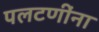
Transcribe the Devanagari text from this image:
पलटणींना